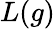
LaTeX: L(g)